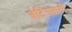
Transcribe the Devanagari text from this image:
डेटिंगसाठी